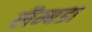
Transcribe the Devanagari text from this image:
लैम्बडा